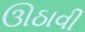
ઊઠાવી